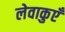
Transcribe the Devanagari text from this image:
लेवाकुएँ